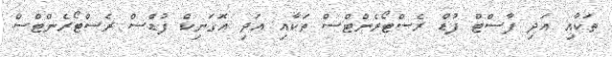
ތަކާއި އަދި ފާސްޓް ފުޑް ރެސްޓޯރެންޓްސް ތަކާއި އަދި އޮގަނިކް ފުޑްސް ރެސްޓޯރެންޓްސް